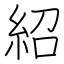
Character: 紹